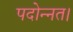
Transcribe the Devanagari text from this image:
पदोन्नत।